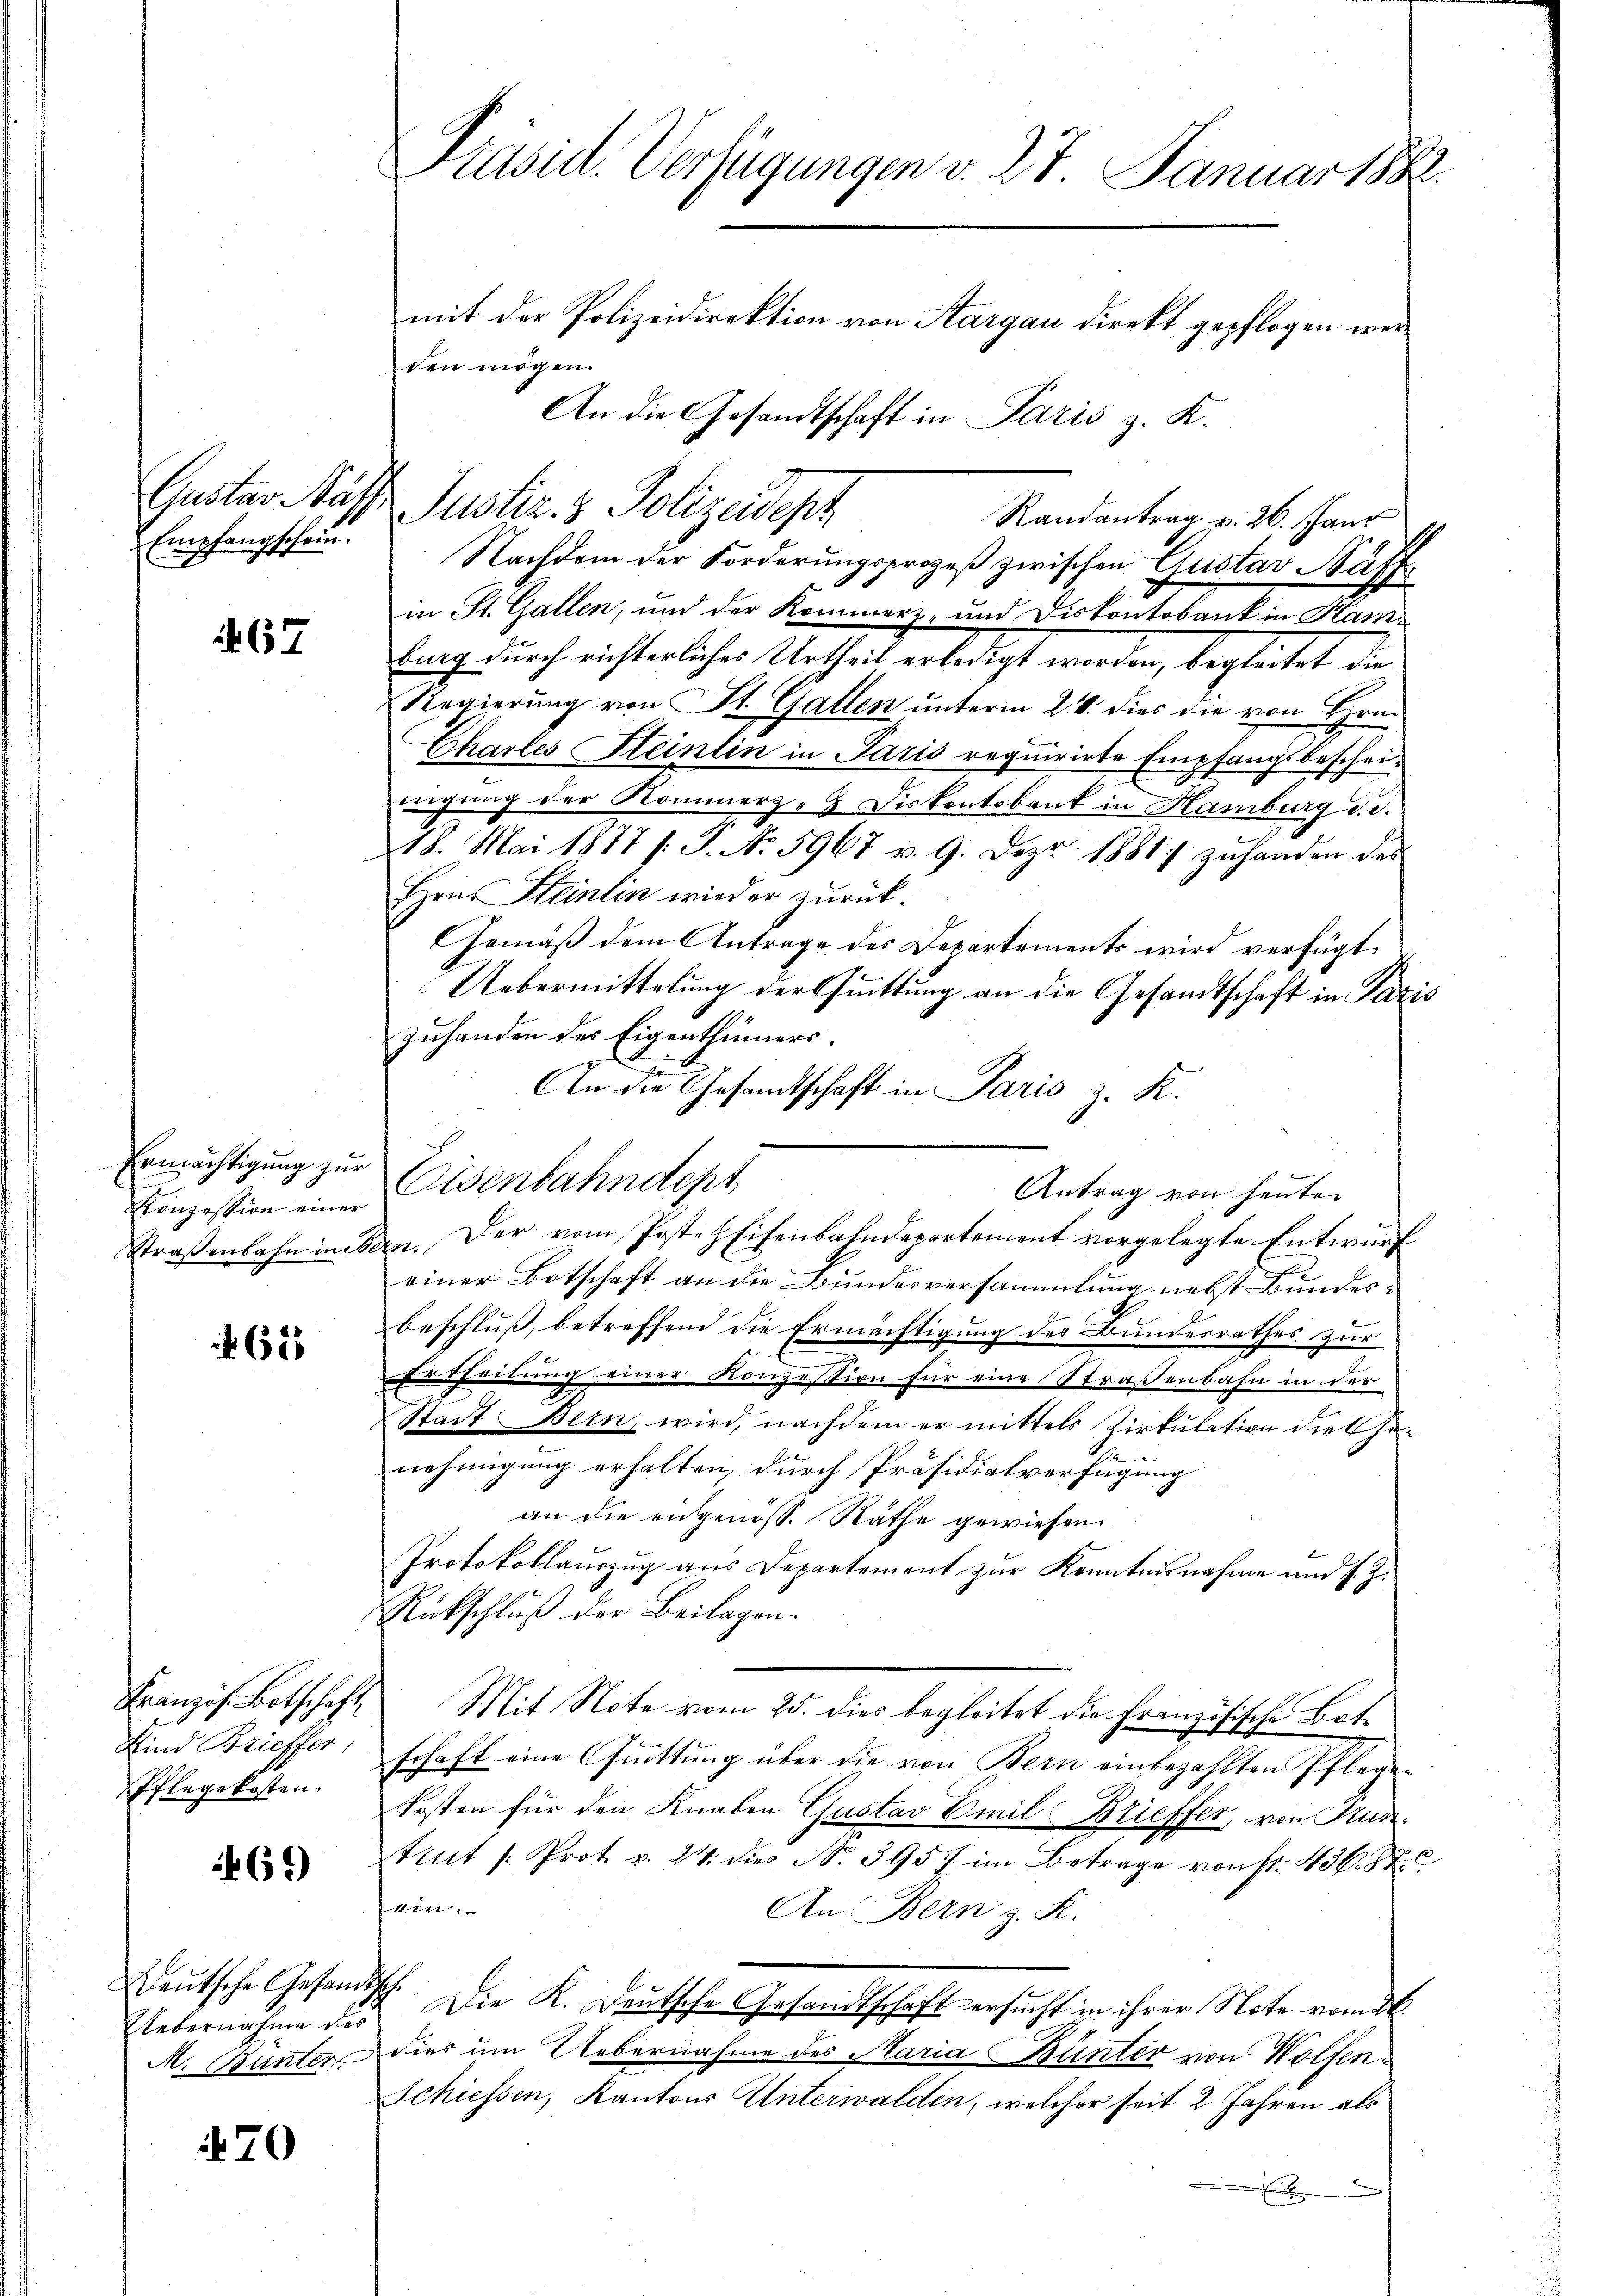
Gustav Näf,
Empfangschein.

67

Ermächtigung zur
Konzession einer
Straßenbahn in

462

Französ. Botschaft
Kind Brieffer,
Pflegekosten.

69)

Deutsche Gesam
Uebernahme des
M. Bünter

70

.

Präsid. Verfügungen v. 27. Januar 1882
mit der Polizeidirektion von Aargau direkt gepflogen werden mögen.
An die Gesandtschaft in Paris z. K.

Nachdem der Forderungsprozeß zwischen Gustav Nuffin St. Gallen, und der Kommerz- und Diskontobank in Stambung durch richterliches Urtheil erledigt werden, begleitet die
Regierung von St. Gallen unterm 24. dies die von Hrn.
Chartes Steinlin in Paris requirirte Empfangsbescheidigung der Kommerz-J Diskontobank in Hamburg d. d.
18. Mai 1877 /: P. No. 5967 v. 9. Dez. 1881 zuhanden das
Hrn. Steinlin wieder zurück.
Gemäß dem Antrage des Departements wird verfügt
Uebermittelung der Quittung an die Gesandtschaft in Paris
Zuhanden des Eigenthümers.
s
An die Gesandtschaft in Paris z. K.
Eisenbahndept
einer Botschaft an die Bundesversammlung nebst Bundesbeschluß, betreffend die Ermächtigung des Bundesrathes zur
Ertheilung einer Konzession für eine Straßenbahn in der
Stadt Bern, wird, nachdem er mittels Zirkulation die Genehmigung erhalten, durch Präsidialverfügung
an die engenöss. Räthe gewiesen.
Protokollauszug aus Departement zur Kenntnisnahme und s. Z.
Rückschluß der Beilagen.
Mit Note vom 25. dies begleitet die Französische Botschaft eine Quittung über die von Bern einbezahlten Pflegen
Kosten für den Knaben Gustav Emil Brieffer, von Kun
tint /: Prot. v. 24. dies N. 395. im Betrage von fr. 456. 87
kin.
An Bern z. K.
.
Die K. Deutsche Gesandtschaft ersucht in ihrer Note vom
dies um Uebernahme des Maria Bünter von Wolfen¬
Schiessen, Kantons Unterwalden, welcher seit 2 Jahren als
E

Justiz- & Polizeidept

Randantrag v. 26. Janr

Antrag von heute.
in. Der vom Post- HEisenbahndepartement vorgelegte Entwurf